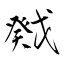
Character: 戣